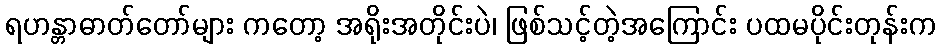
ရဟန္တာဓာတ်တော်များ ကတော့ အရိုးအတိုင်းပဲ၊ ဖြစ်သင့်တဲ့အကြောင်း ပထမပိုင်းတုန်းက